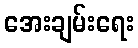
အေးချမ်းရေး